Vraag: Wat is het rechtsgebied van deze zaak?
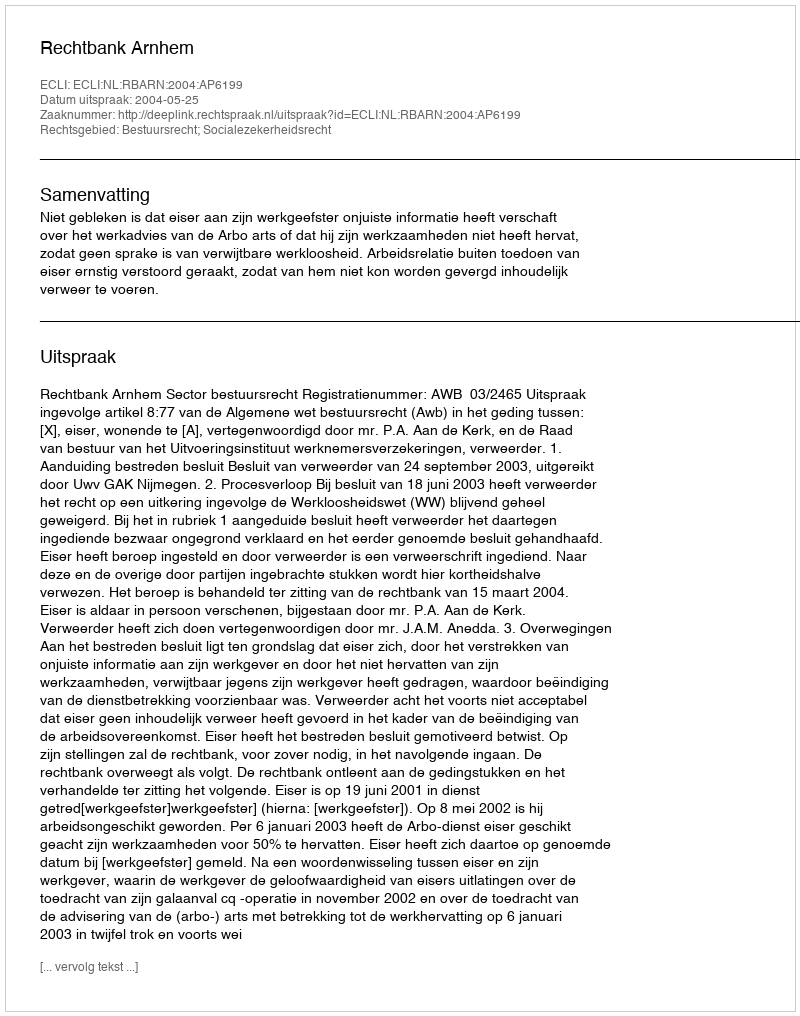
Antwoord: Bestuursrecht; Socialezekerheidsrecht